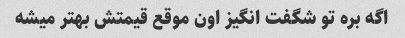
اگه بره تو شگفت انگیز اون موقع قیمتش بهتر میشه